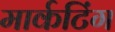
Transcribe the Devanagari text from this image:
मार्कटिंग